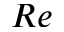
R e